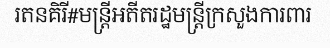
រតនគិរី#មន្ត្រីអតីតរដ្ឋមន្ត្រីក្រសួងការពារ